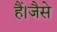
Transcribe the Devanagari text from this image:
हैं।जैसे